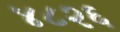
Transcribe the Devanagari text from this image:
४८२६